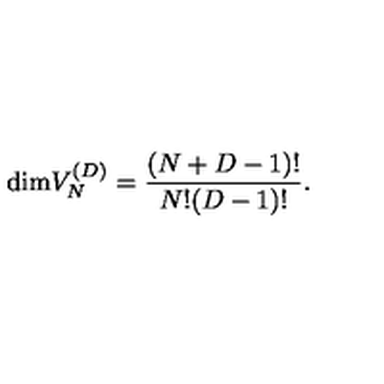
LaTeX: \mathrm { d i m } V _ { N } ^ { ( D ) } = { \frac { ( N + D - 1 ) ! } { N ! ( D - 1 ) ! } } .